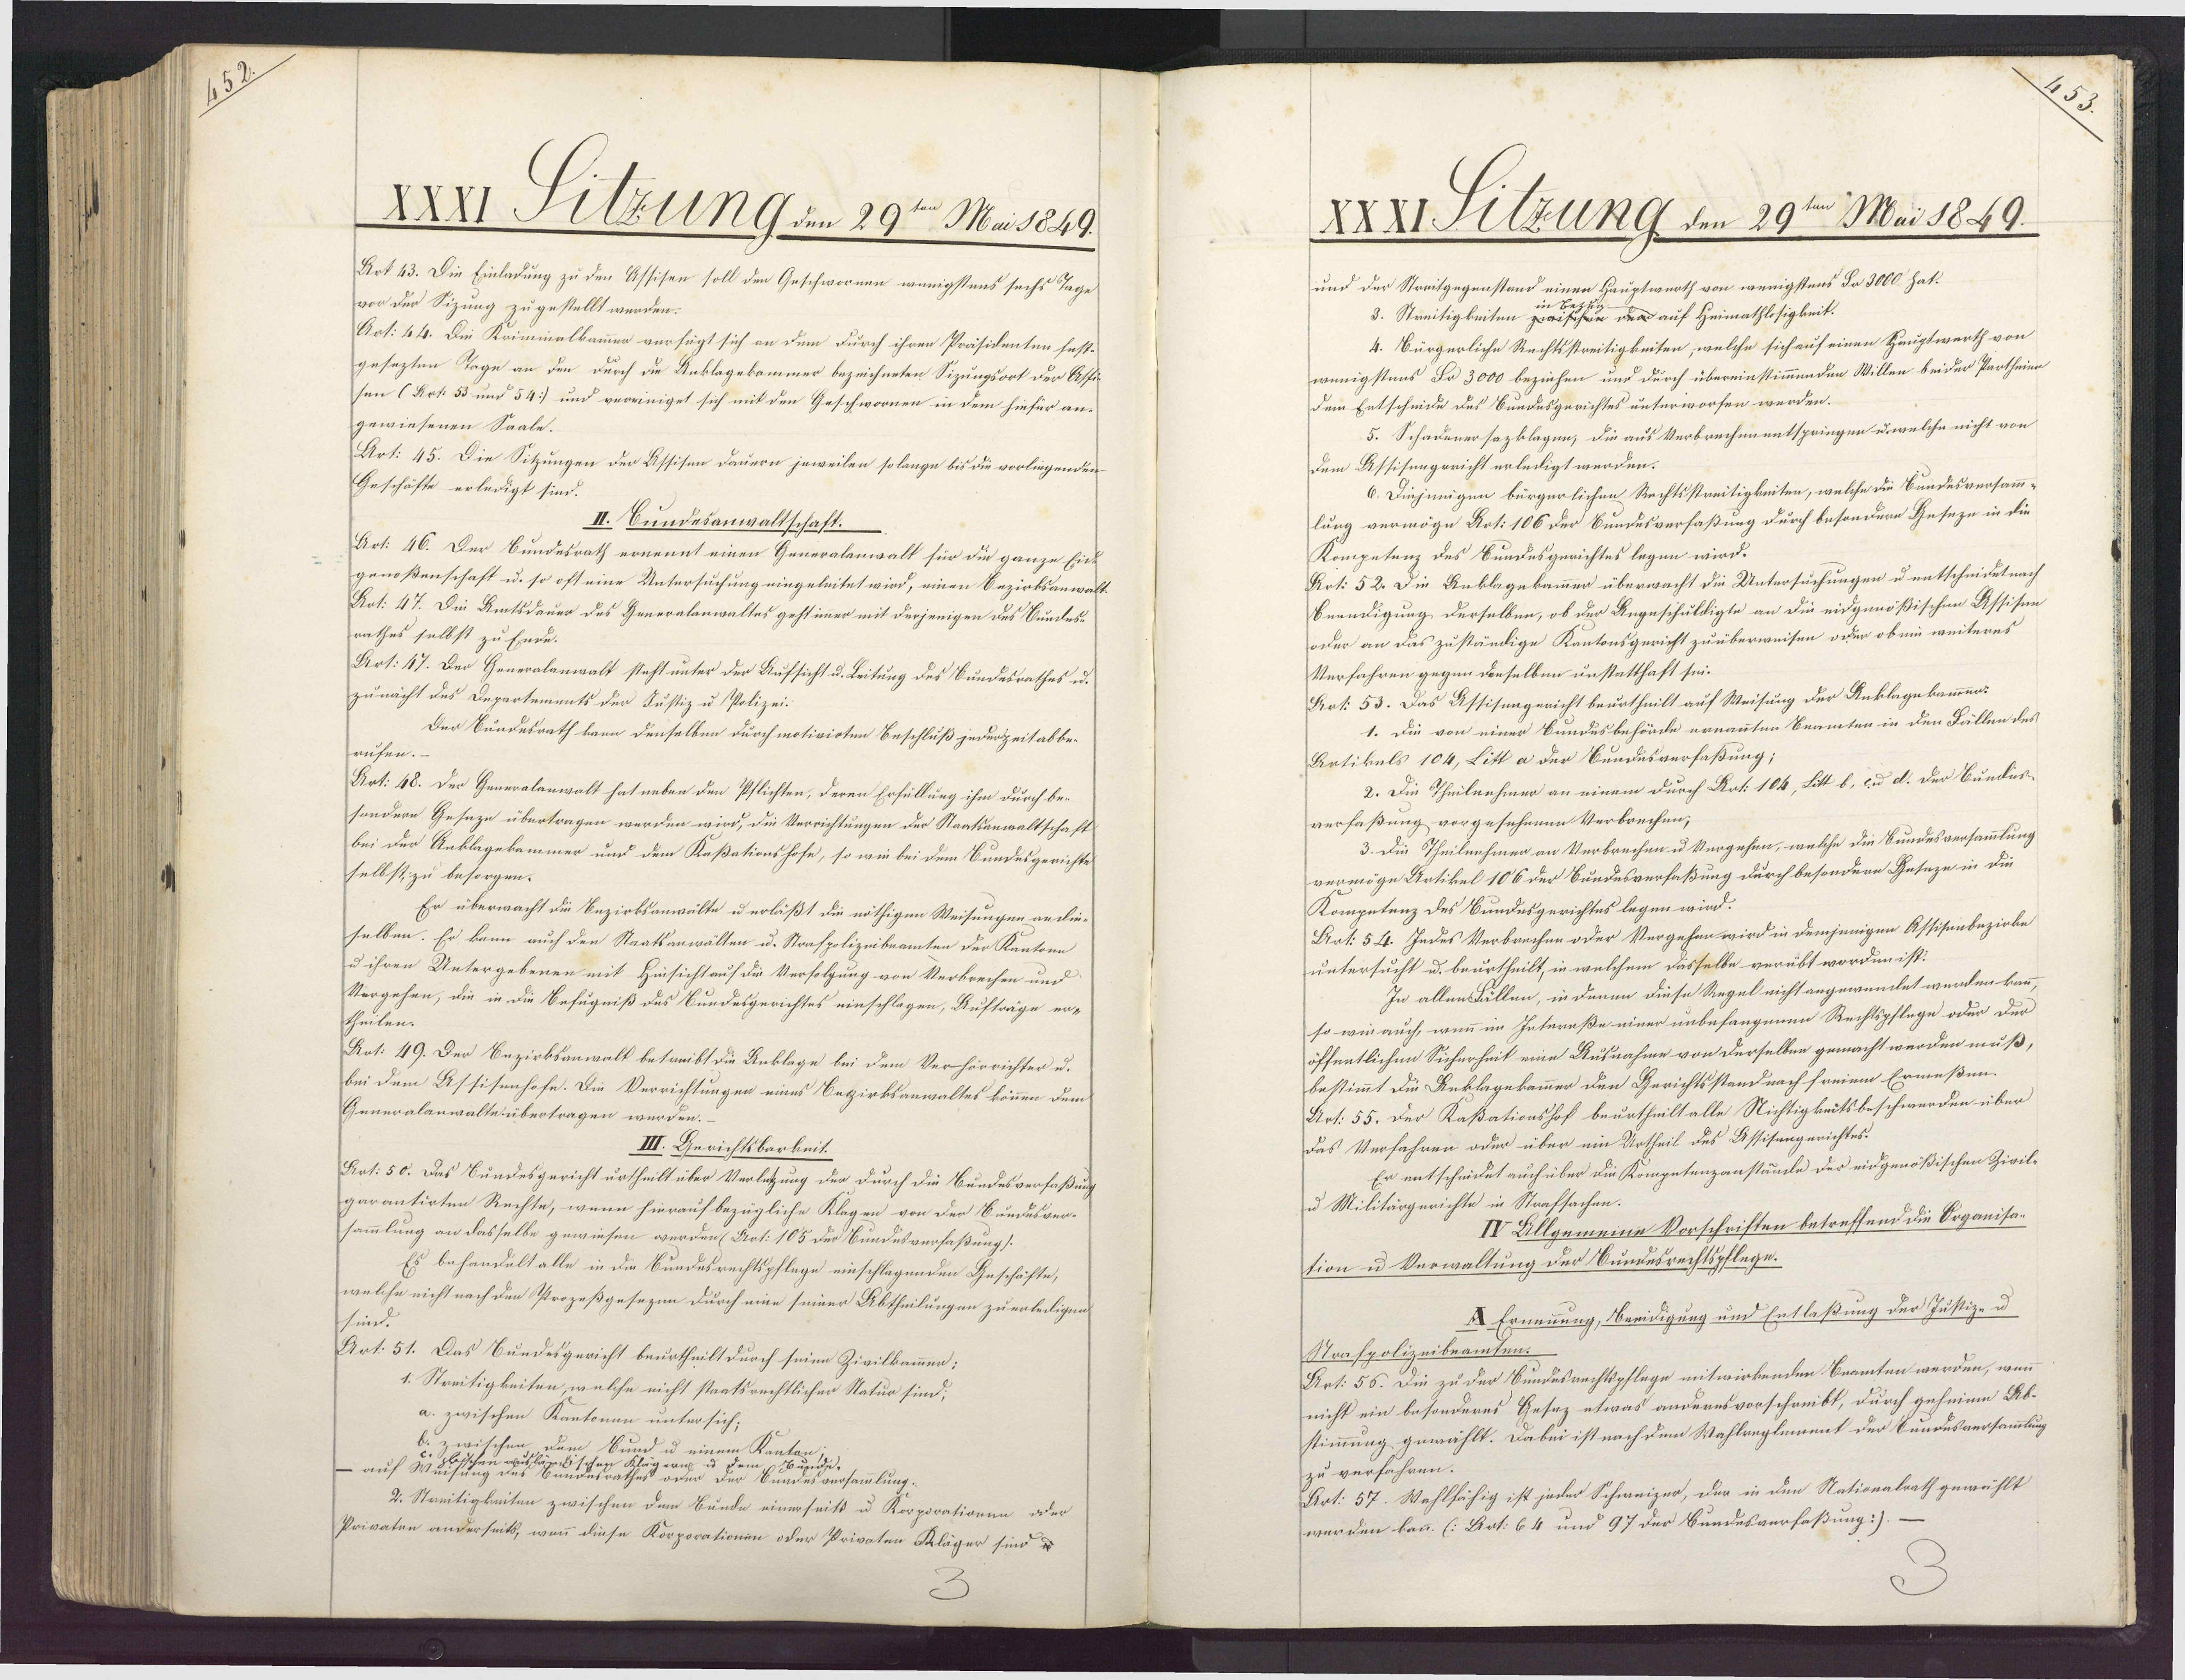
XXXI Filzung den 29ten Mai 1849.
Art 43. Die Einladung zu den Assisen soll den Geschwornen wenigstens sechs Tage
vor der Sizung zu gestellt werden.
Art: 44. Die Kriminalkammen verfügt sich an dem durch ihren Präsidenten fest¬
gesezten Tage an den durch die Anklagekammer bezeichneten Sizungsort der Asfig¬
sen (Art. 53 und 54] und vereiniget sich mit den Geschwornen in dem hinfür an¬
gewiesenen Saale.
Art: 45. Die Sitzungen der Assisen dauern jeweilen solange bis die vorliegenden
Geschäfte erledigt sind.
II. Bundesanwaltschaft.
Art: 46. Der Bundesrath ernennt einen Generalenwalt für die ganze Eid¬
genoßenschaft u. so oft eine Untersuchung eingeleitet wird, einen Bezirksanwalt¬
Art: 47. Die Amtsdauer des Generalanwaltes geht immer mit derjenigen des Bundes¬
rathes selbst zu Ende.
Art: 47. Der Generalanwalt steht unter der Aufsicht u. Leitung des Bundesrathes u.
zunacht des Departements der Justiz u Polizei¬
Der Bundesrath kann denselben durchmotivirten Beschluß jederZeit abbe¬
rufen.
Art: 48. Der Generalanwalt hat neben den Pflichten, deren Erfüllung ihm durch be¬
sondern Geseze übertragen werden wird, die Verrichtungen der Staatsanwaltschaft
bei der Rnklagekammer und dem Kaßationshofe, so wie bei dem Bundesgerichte
selbst, zu besorgen.
Er überwacht die Bezirksanwälte u erläßt die nöthigen Weisungen andie-
selben. Er kann auch den Staatsanwälten u. Strafpolizeibeamten der Kantone
u ihren Untergebenen mit Hinsichtauf die Verfolgung von Verbrechen und
Vergehen, die in die Befugniß des Bundesgerichtes einschlagen, Aufträge er-
theilen.
Aot: 49. Der Bezirksanwalt betreibt die Anklage bei dem Verhörrichter u.
bei dem Assisenhofe. Die Verrichtungen eines Bezirksanwaltes können dem
Generalanwalte übertragen werden.
III. Gerichtsbarkeit.
Rot: 50. Das Sundesgericht urtheilt über Verletzung der durch die Bundesverfaßung
garantirten Rechte, wenn hierauf bezügliche Klegen von der Bundusver¬
sammlung an dasselbe gewiesen werden (Art. 105 der Bundesverfaßung /
Es behandelt alle in die Bundesrechtspflege einschlagenden Geschäfte,
welche nicht nach den Prozeßgesezen durch eine seiner Abtheilungen zuerledigen
sind.
Art. 51. Das Bundesgericht beurtheilt durch seine Zivilkammen:
1. Streitigkeiten, welche nicht staatsrechtlicher Natur sind;
a. zwischen Kantonen untersich;
. zwischen dem Sund u eit
Kant
auf wsg  Bunde
wee
undeversammlung.
2. Streitigkeiten zwischen dem Bunde einerseits u Korporationen oder
Privaten anderseits, wenn diese Korporationen oder Privaten Kläger sind u

XXXI Slzung den 29ten Mai 1849.
und der Streitgegenstand einen Hauptwurth von wenigstens Do 3000 hat.
e der auf Heimathlosigkeit.
3. Streitigkeiten z.
4. Bürgerliche Rechtsstreitigkeiten, welche sich auf einen Hauptwerth von
wenigstens Pr 3000 beziehen und durch übereinstimmenden Willen beider Partheim
dem Entscheide des Bundesgerichtes unterworfen werden.
5. Schadenersazklagen, die aus Verbrechenentspringen u. welche nicht von
Dem Dssisengericht erledigt werden.
6. Dinjenigen bürgerlichen Rechtsstreitigkeiten, welche die Bundesversamm¬
lung vermöge Art: 106 der Bundesverfaßung durch besondern Geseze in die
Kompetenz des Bundesgerichtes legen wird.
Art: 52. Die Anklagekammer überwacht die Untersuchungen u entscheidet nach
Bnendigung derselben, ob der Angeschuldigte an die eidgenößischen Assisen
oder an das zuständige Kantonsgericht zuüberweisen oder ob ein weiteres
Verfahren gegen denselben unstatthaft sei.
Art. 53. Das Assisengericht beurtheilt auf Weisung der Anklagekammen:
1. Die von einer Bundesbehörde ernannten Beamten in den Fällen des
Artikels 104, Litt a der Bundesverfaßung;
2. Die Theilnehmer an einem durch Art: 104, Litt b, und d. der Bundis¬
verfaßung vorgesehenen Verbrechen;
3. Die Theilnehmen an Verbrechen u Vergehen, welche die Bundesversammlung
vermöge Artikel 106 der Bundesverfaßung durch besondern Geseze in die
Kompetenz des Bundesgerichtes legen wird.
Aat: 54. Jedes Verbrechen oder Vergehen wird in demjenigen Assisenbezirke
untersucht u. beurtheilt, in welchem dasselbe verübt worden ist.
In allen Fällen, in denen diese Regel nicht angewendet werden kann,
so wie auch, wenn im Interaße einer unbefangenen Rechtspflege oder der
öffentlichen Sicherheit eine Ausnahme von derselben gemacht werden muß,
bestimmt die Anklagekammer den Gerichtsstand nach freiem Ermeßen.
Art: 55. Der Kaßationshof beurtheilt alle Nichtigkeitsbeschwerden über
das Verfahren oder über ein Urtheil des Assisengerichtes.
Er entscheidet auch über die Kompetenzanstände der eidgenößischen Zivile
u. Militärgerichte in Strafsachen.
IV Allgemeine Vorschriften betreffend die Organisa¬
tion u Verwaltung der Bundesrechtspflege.
X Ernennung, Oneidigung und Entlaßung der Justiz- u
Straspolizeibeamten.
Art: 56. Die zu der Bundesrechtspflege mitwirkenden Beamten werden, wenn
nicht ein besonderes Gesez etwas anderes vorschreibt, durch geheime Ab¬
stimmung gewählt. Dabei ist nach dem Wahlreglement der Bundesversammlung
zu verfahren.
Art: 57. Wahlfähig ist jeder Schweizer, der in den Nationalrath gewählt
werden kann. (:Art. 64 und 97 der Bundesverfaßung:). —

2